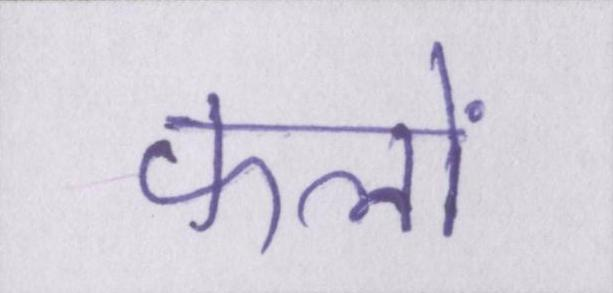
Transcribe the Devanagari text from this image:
फलों